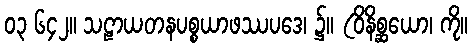
၀၃ ၆၄၂။ သဠာယတနပစ္စယာဖဿပဒေ၊ ၌။ (ဝိနိစ္ဆယော၊ ကို။